King Institute of Preventive Medicine Bacteriolog. Section reports 1907-08
Year: 1907
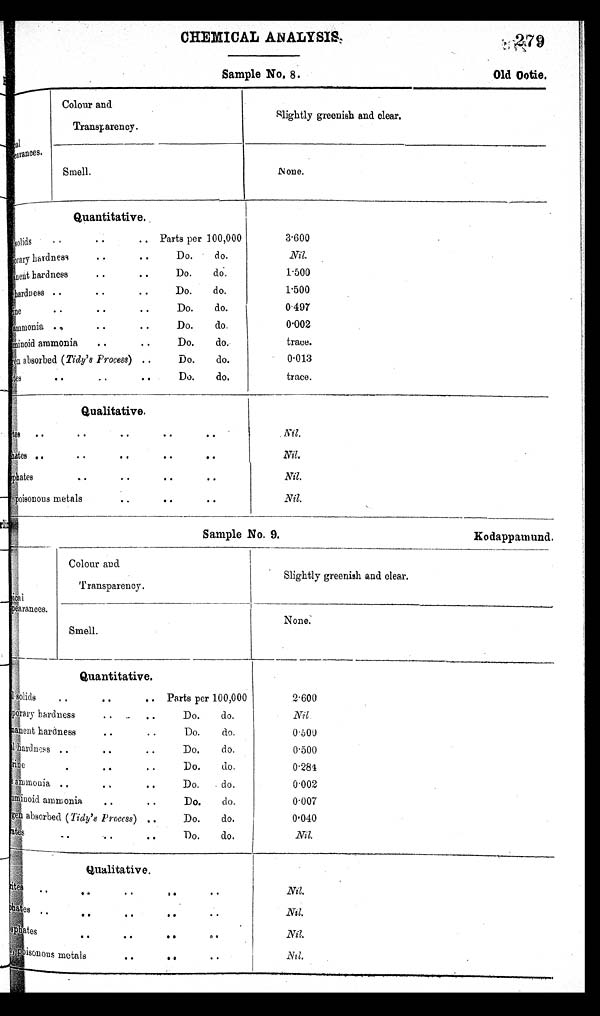
Sample No. R.
Old Ootie.
Sample No. 9.
Kodappamund.
CHEMICAL ANALYSIS
9
Total
Appearances.
Colour and
Transparency.
Slightly greenish and clear.
Smell.
None.
Quantitative.
solids
• •
••
• • Parts per 100,000
Temporarhardness • • ..
Do.
do.
permanenhardness .. • •
Do.
do.
hardn ess .. Do. do.
chlorine
• •
. .
• •
Do.
do.
ammonia
•
• •
Do.
do.
Abuminoid
ammonia
..
• •
Do.
do.
oxygen
absorbed (Tidy's Process) ..
Do.
do.
nitrates
• •
Do.
do.
3.600
.
Nil.
1.500
1.500
0497
0.002
trace.
0 . 0 1 3
trace.
Qualitative.
N i t r a t e . . . . . . . .
s u l p h a t e s . . . . . . . .p
h o s p h a t e s . . . . . . . .
i r o n , p o i s o n o u s m e t a l s . . . .
Nil.
Nil.
Nil.
Nil.
pysical
Appearances.
Colour and
Transparency.
Slightly greenish and clear.
Smell.
None..
Quantitative.
t o t a l s o l i d s
.
0
• •
. •
Parts per 100,000
Temporary hardness • • , • Do. do.
anent hardness
• .
..
Do.
do.
Total Hardness
..
..
• •
Do.
do.
chlorine
..
. •
Do.
do.
ammonia
• •
• .
• .
Do.
. do.
Abuminoid ammonia
• •
• •
Do.
do.
oxygen
absorbed (Tidy's Process) ..
Do.
do.
Nitrates
. •
•• •
• .
Do.
do.
2 . 6 0 0 N i l .
0.600
0.500
0.284
0 . 0 0 2
0.007
0 . 0 4 0
Nil.
qualitative.
N i t r a t e . . . . . . . .s
u l p h a t e s . . . . . . . .p
h o s p h a t e s . . . . . . . .i
r o n , p o i s o n o u s m e t a l s . . . .
Nil.
Nil.
Nil.
Nil.